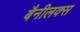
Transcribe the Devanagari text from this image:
बैनीलक्स